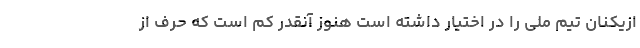
ازیکنان تیم ملی را در اختیار داشته است هنوز آنقدر کم است که حرف از